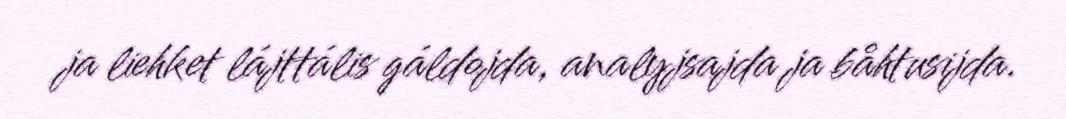
ja liehket lájttális gáldojda, analyjsajda ja båhtusijda.